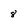
Character: 8